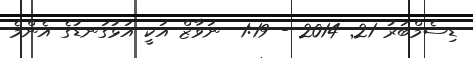
ޑިސެމްބަރު 21